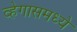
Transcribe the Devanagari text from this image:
व्हेगासमध्ये